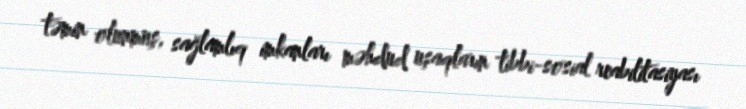
təmin olunmuş, sağlamlıq imkanları məhdud uşaqların tibbi-sosial reabilitasiyası